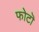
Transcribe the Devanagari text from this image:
फोटॊ